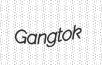
Gangtok